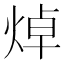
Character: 焯